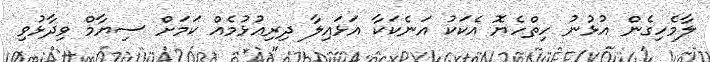
ލާމެހިގެން އުޅުނު ހިތްހެޔޮ އެކަކު އަނެކަކާ އަޅައިލާ ދިރިއުޅުމެއް ކަމަށް ސިޔާމް ވިދާޅުވި